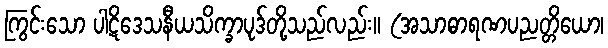
ကြွင်းသော ပါဋိဒေသနီယသိက္ခာပုဒ်တို့သည်လည်း။ (အသာဓာရဏပညတ္တိယော၊